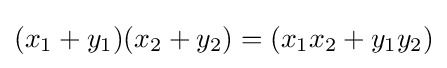
(x_{1}+y_{1})(x_{2}+y_{2})=(x_{1}x_{2}+y_{1}y_{2})